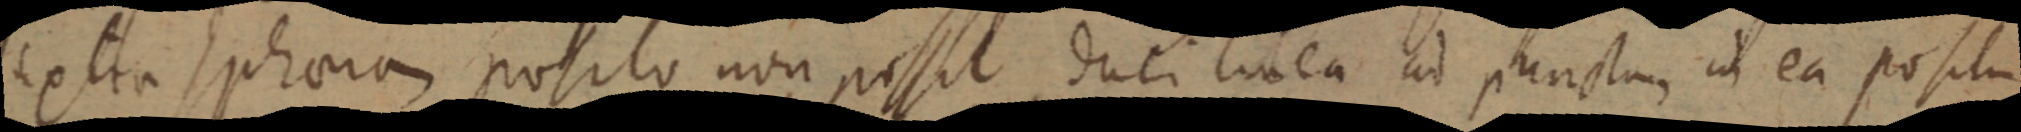
extra sphaera posito non possit duci linea ad punctam in ea positum